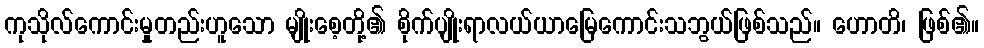
ကုသိုလ်ကောင်းမှုတည်းဟူသော မျိုးစေ့တို့၏ စိုက်ပျိုးရာလယ်ယာမြေကောင်းသဘွယ်ဖြစ်သည်။ ဟောတိ၊ ဖြစ်၏။